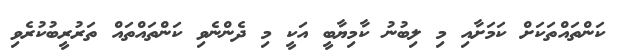
ކަންތައްތަކަށް ކަމަށާއި މި ލިބުނު ކާމިޔާބީ އަކީ މި ދެންނެވި ކަންތައްތައް ތަރުރީބުކުރެވި